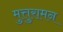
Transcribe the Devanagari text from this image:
मुत्तुरामन